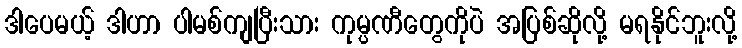
ဒါပေမယ့် ဒါဟာ ပါမစ်ကျပြီးသား ကုမ္ပဏီတွေကိုပဲ အပြစ်ဆိုလို့ မရနိုင်ဘူးလို့